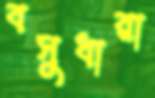
বসুধারা